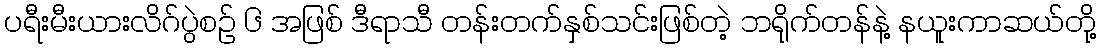
ပရီးမီးယားလိဂ်ပွဲစဉ် ၆ အဖြစ် ဒီရာသီ တန်းတက်နှစ်သင်းဖြစ်တဲ့ ဘရိုက်တန်နဲ့ နယူးကာဆယ်တို့